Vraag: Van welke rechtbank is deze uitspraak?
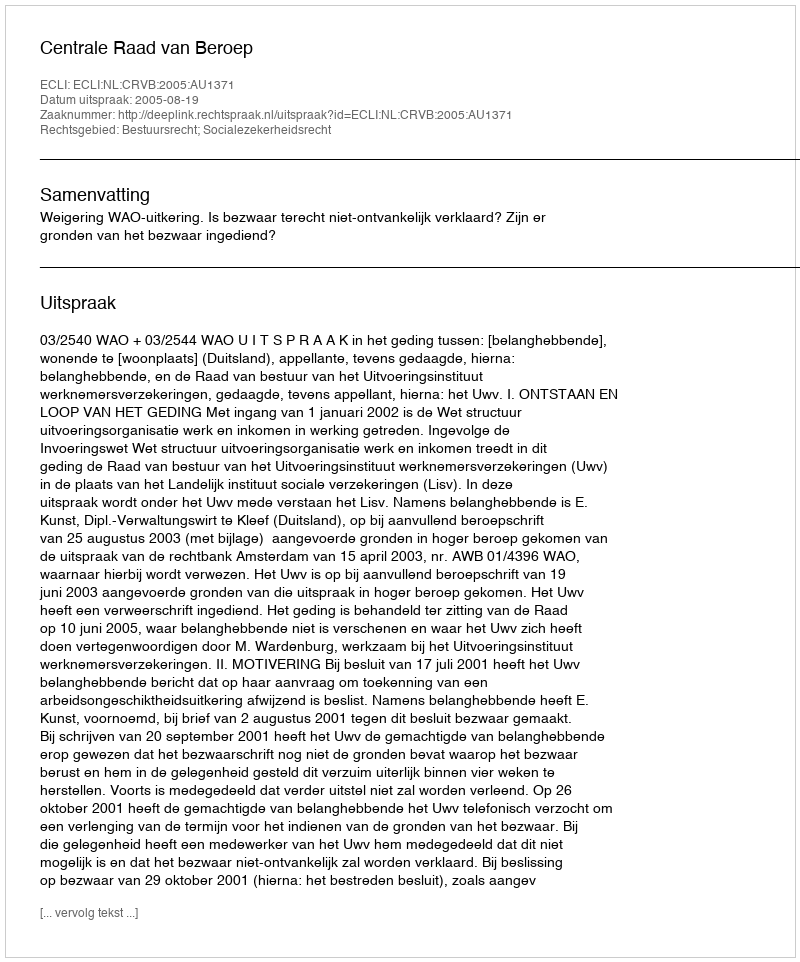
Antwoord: Centrale Raad van Beroep